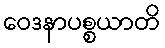
ဝေဒနာပစ္စယာတိ